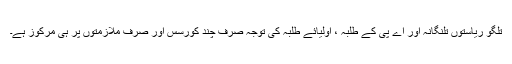
تلگو ریاستوں تلنگانہ اور اے پی کے طلبہ ، اولیائے طلبہ کی توجہ صرف چند کورسس اور صرف ملازمتوں پر ہی مرکوز ہے۔